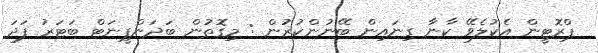
ޕްރޮޓީން އެކުލެވޭ ކާނާ ގިނައިން ބޭނުންކުރުން : މިގޮތުން ބަދަންޕީނަޓް ބަޓަރު ފަދަ